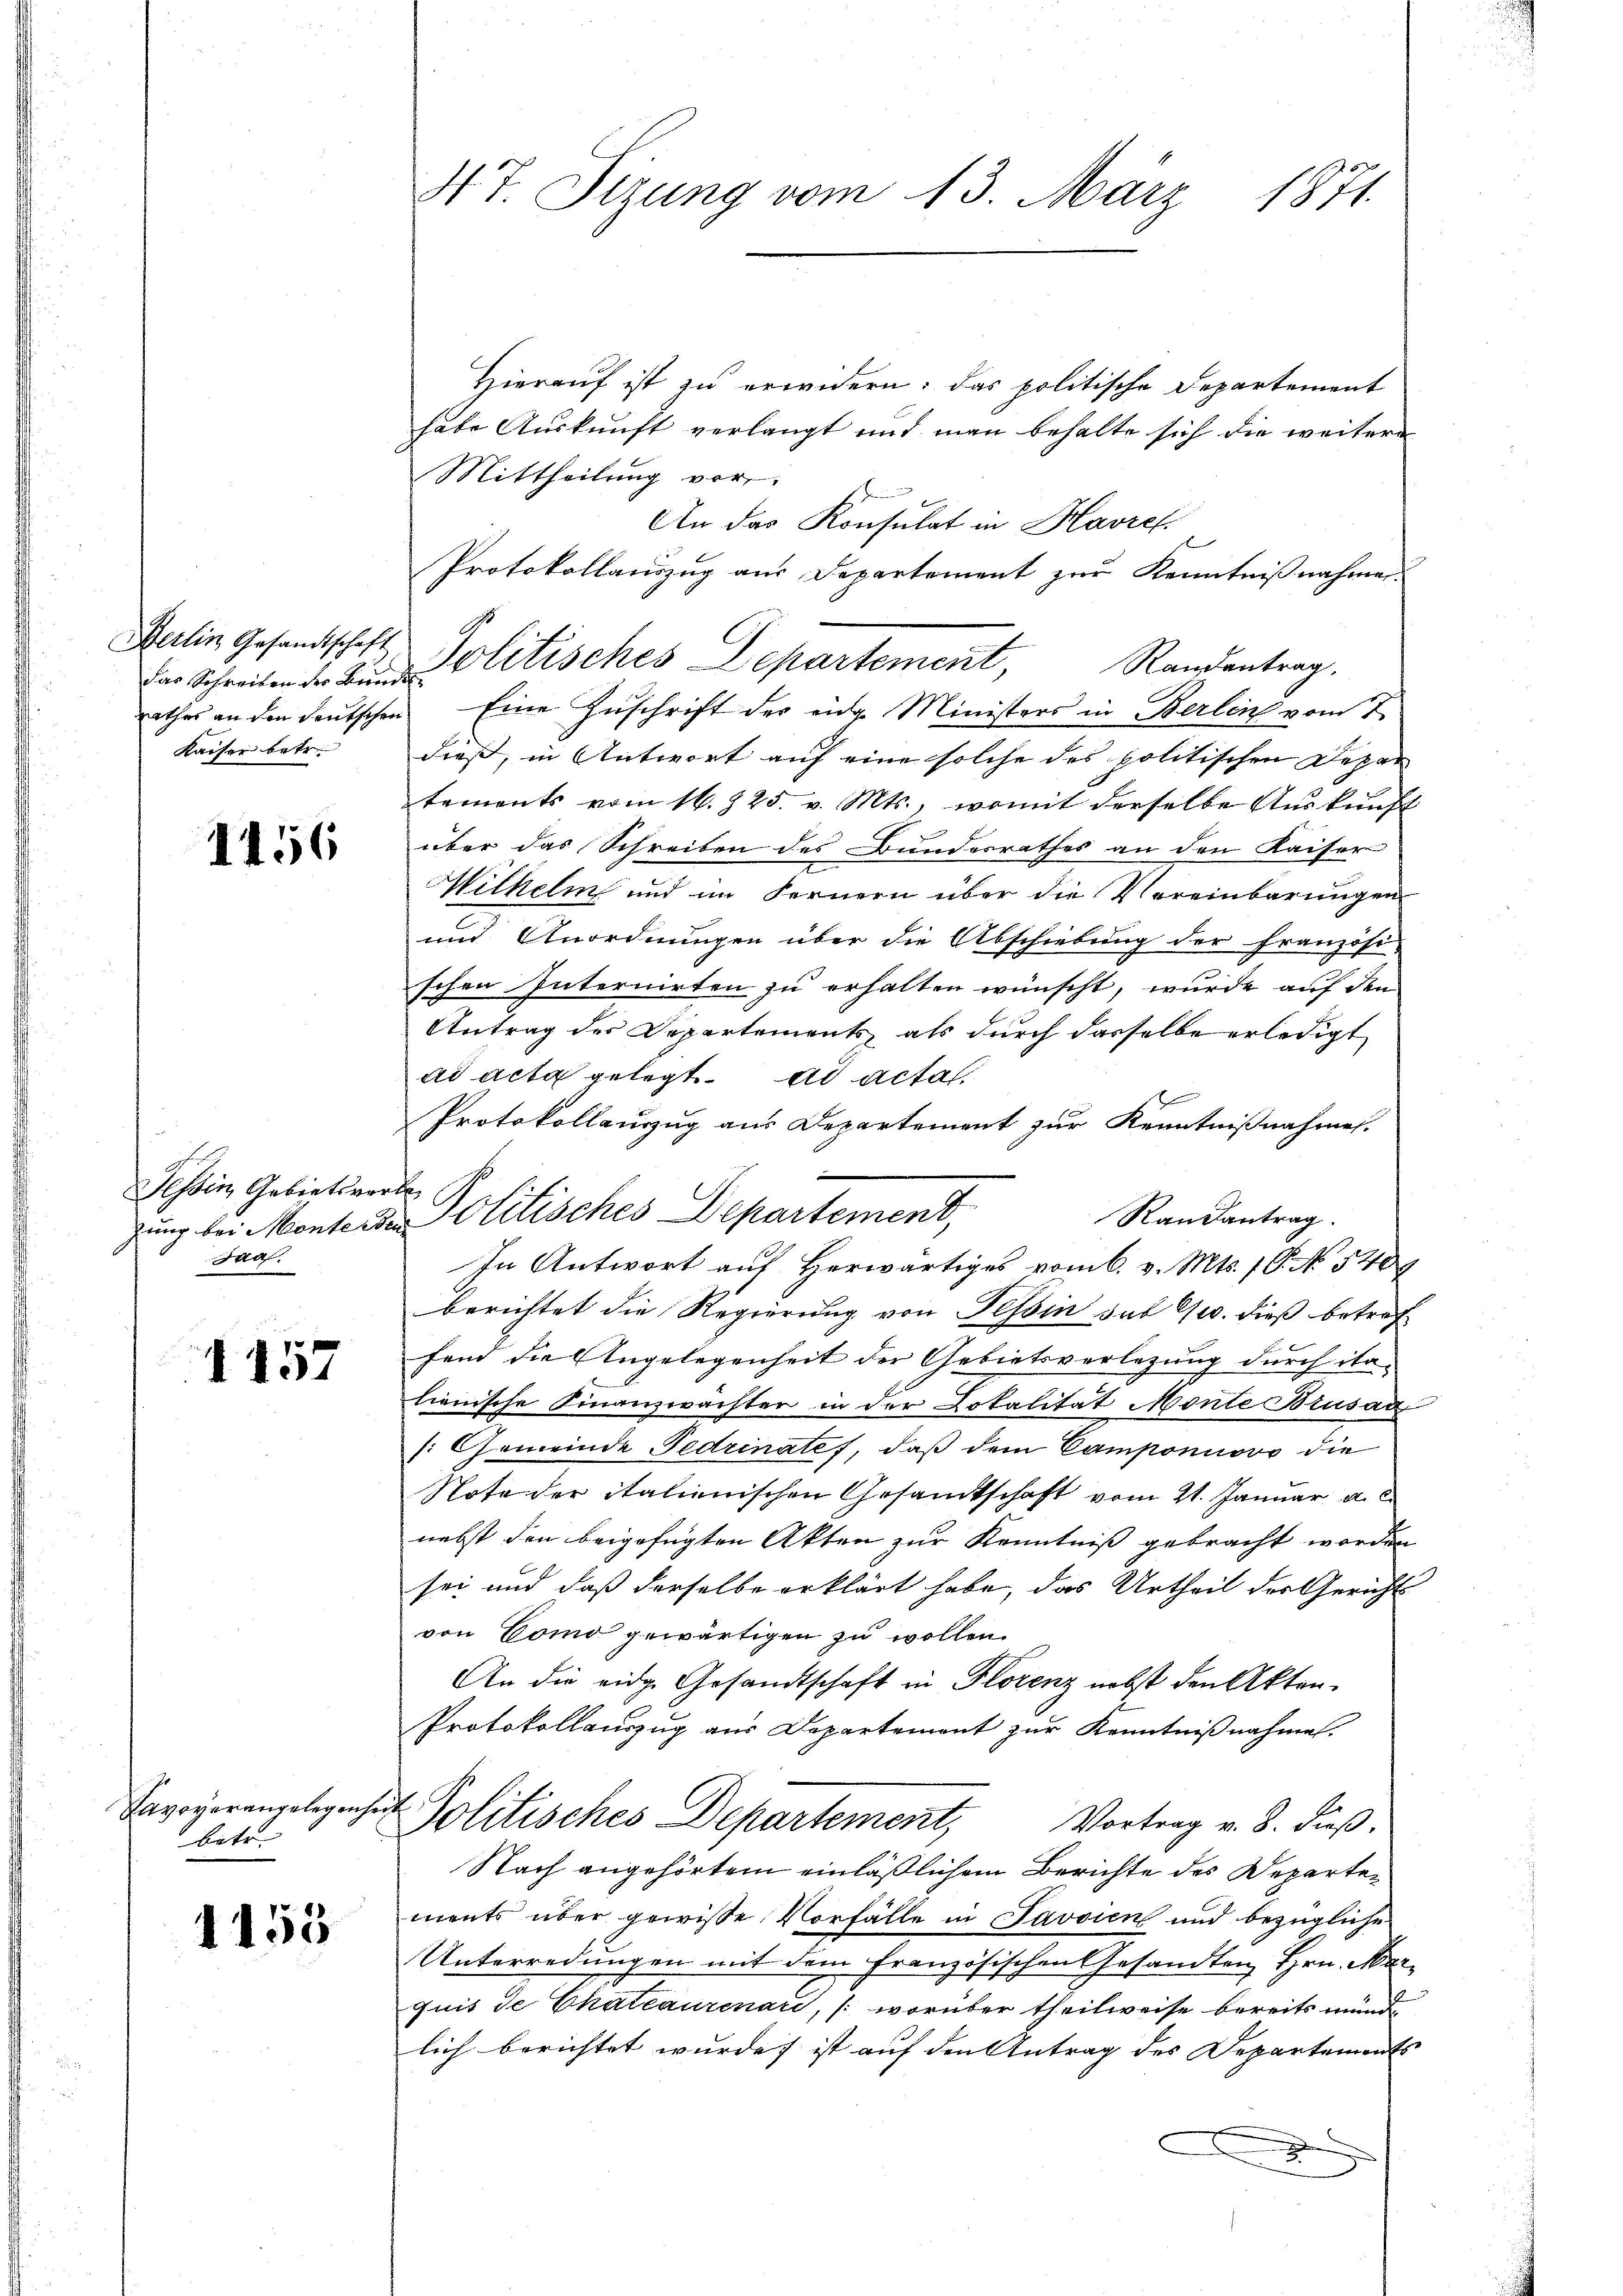
Berlin Gesandtschaft
Kaiser betr.

1456

Tessin, Gebietswerte
Jaa

1157

Lavoverangelegenheit
betr.

1155

47. Sizung vom 13. März 1871.

Hierauf ist zu erwidern: das politische Departement
hate Auskunft verlangt und man behalte sich die weitere
Mittheilung vor
An das Konsulat in Havref.
Protokollauszug aus Departement zur Kenntnißnahmen.
Randantrag.
für Schreiben der den Politisches Departement,
rathes an den deutschen Eine Zŭschrift der eidg. Ministers in Berlin vom 7.
dieß, in Antwort auf eine solche des politischen Depen
tements vom 16. 225. v. Mts., womit derselbe Auskunft
über das Schreiben des Bundesrathes an den Kaiser
Wilhelm und im Fernern über die Vereinbarungen
und Anordnungen über die Abschiebung der Französi-
¬
schen Internirten zu erhalten wünscht, wurde auf den
Antrag des Departements, als durch dasselbe erledigt
ad acta gelegt. ad acta.
f
Protokollauszug aus Departement zur Kenntnißnahmen.
A
Randantrag.
In Antwort auf Herwärtiges vom 6. v. Mts. 1 P. No 5409
berichtet die Regierung von Tessin sub Ges. dieß betreffand die Angelegenheit der Gebietsverlegung durch italienische Finanzwächter in der Lokalität Monte Brüsan
s: Gemeinde Fedrinates, daß dem Camponuovo die
Note der italienischen Gesandtschaft vom 21. Januar a. c.
nebst den beigefügten Akten zur Kenntniß gebracht worden
sei und daß derselbe erklärt habe, das Urtheil des Gerichts
von Como gewärtigen zu wollen.
An die eidg. Gesandtschaft in Florenz nebst den Akten.
Protokollauszug aus Departement zur Kenntnißnahmen.
Politisches Departement,
Vortrag v. 8. dieß.
Nach angehörtem einläßlichem Berichte des Departements über gewisse Vorfälle in Javvien und bezügliche
Unterredungen mit dem Französischen Gesandten Hrn. Marquit de Chateaurenare, (worüber theilweise bereits mund
lich berichtet wurde, ist auf den Antrag des Departements
d

tung bei Montende Politisches Departement,